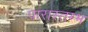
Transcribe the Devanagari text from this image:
पारास्तम्भ